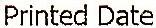
PRINTED DATE